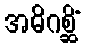
အဓိဂစ္ဆိံ